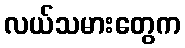
လယ်သမားတွေက